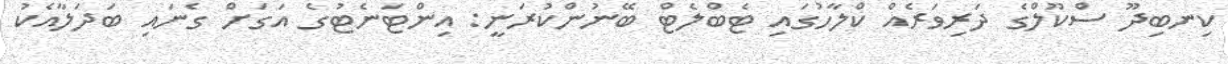
ކިނބިދޫ ސްކޫލްގެ ދަރިވަރެއް ކްލާހުގައި ޓެބްލެޓް ބޭނުންކުރަނީ: އިންޓަނެޓުގެ އަގަށް ގެނައި ބަދަލާއެކު